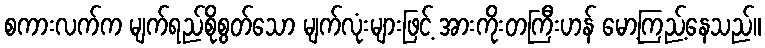
စကားလက်က မျက်ရည်စိုစွတ်သော မျက်လုံးများဖြင့် အားကိုးတကြီးဟန် မော့ကြည့်နေသည်။